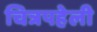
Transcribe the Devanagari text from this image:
चित्रपहेली